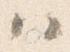
ハ